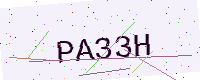
Text: PA33H